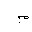
Letter: _mim